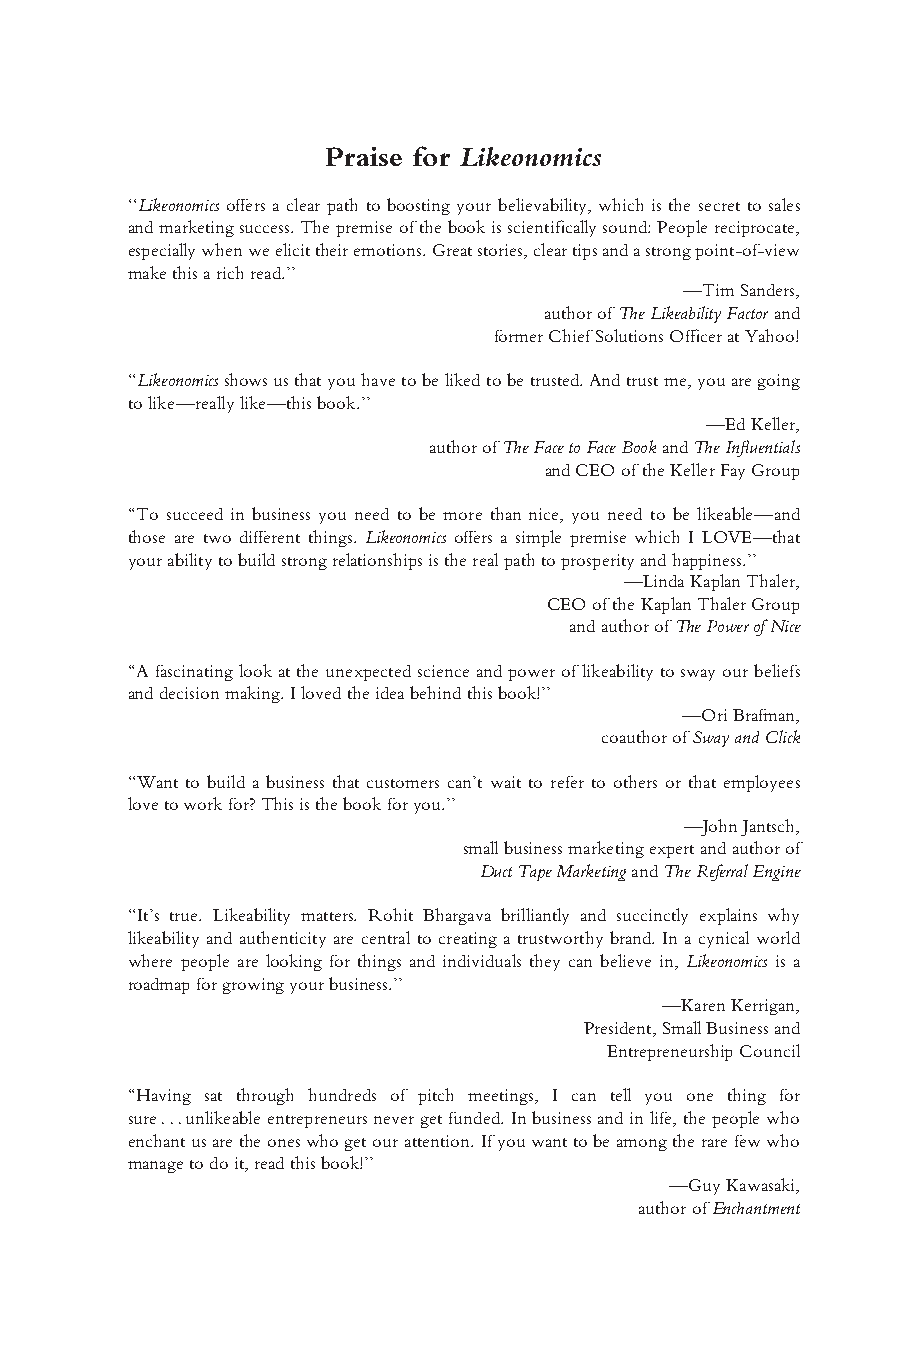
Bhargava ffirs1.tex V3-04/06/2012 11:25A.M. Page1
 Praise for Likeonomics
 ‘‘Likeonomics offers a clear path to boosting your believability, which is the secret to sales
 andmarketingsuccess.Thepremiseofthebookisscientificallysound:Peoplereciprocate,
 especiallywhenweelicittheiremotions.Greatstories,cleartipsandastrongpoint-of-view
 makethisarichread.’’
 —TimSanders,
 authorofTheLikeabilityFactorand
 formerChiefSolutionsOfficeratYahoo!
 ‘‘Likeonomicsshowsusthatyouhavetobelikedtobetrusted.Andtrustme,youaregoing
 tolike—reallylike—thisbook.’’
 —EdKeller,
 authorofTheFacetoFaceBookandTheInfluentials
 andCEOoftheKellerFayGroup
 ‘‘To succeed in business you need to be more than nice, you need to be likeable—and
 those are two different things. Likeonomics offers a simple premise which I LOVE—that
 yourabilitytobuildstrongrelationshipsistherealpathtoprosperityandhappiness.’’
 —LindaKaplanThaler,
 CEOoftheKaplanThalerGroup
 andauthorofThePowerofNice
 ‘‘Afascinatinglookattheunexpectedscienceandpoweroflikeabilitytoswayourbeliefs
 anddecisionmaking.Ilovedtheideabehindthisbook!’’
 —OriBrafman,
 coauthorofSwayandClick
 ‘‘Want to build a business that customers can’t wait to refer to others or that employees
 lovetoworkfor?Thisisthebookforyou.’’
 —JohnJantsch,
 smallbusinessmarketingexpertandauthorof
 DuctTapeMarketingandTheReferralEngine
 ‘‘It’s true. Likeability matters. Rohit Bhargava brilliantly and succinctly explains why
 likeability and authenticity are central to creating a trustworthy brand. In a cynical world
 where people are looking for things and individuals they can believe in, Likeonomics is a
 roadmapforgrowingyourbusiness.’’
 —KarenKerrigan,
 President,SmallBusinessand
 EntrepreneurshipCouncil
 ‘‘Having sat through hundreds of pitch meetings, I can tell you one thing for
 sure...unlikeableentrepreneursnevergetfunded.Inbusinessandinlife,thepeoplewho
 enchantusaretheoneswhogetourattention.Ifyouwanttobeamongtherarefewwho
 managetodoit,readthisbook!’’
 —GuyKawasaki,
 authorofEnchantment